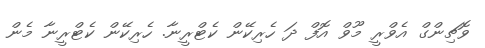
ވޮޗިންގް އެވްރީ މޫވް އޮފް ދަ ހެރިކޭން ކެޓްރީނާ. ހެރިކޭން ކެޓްރީނާ މެން